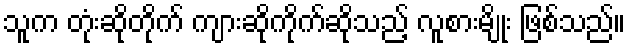
သူက တုံးဆိုတိုက် ကျားဆိုကိုက်ဆိုသည့် လူစားမျိုး ဖြစ်သည်။